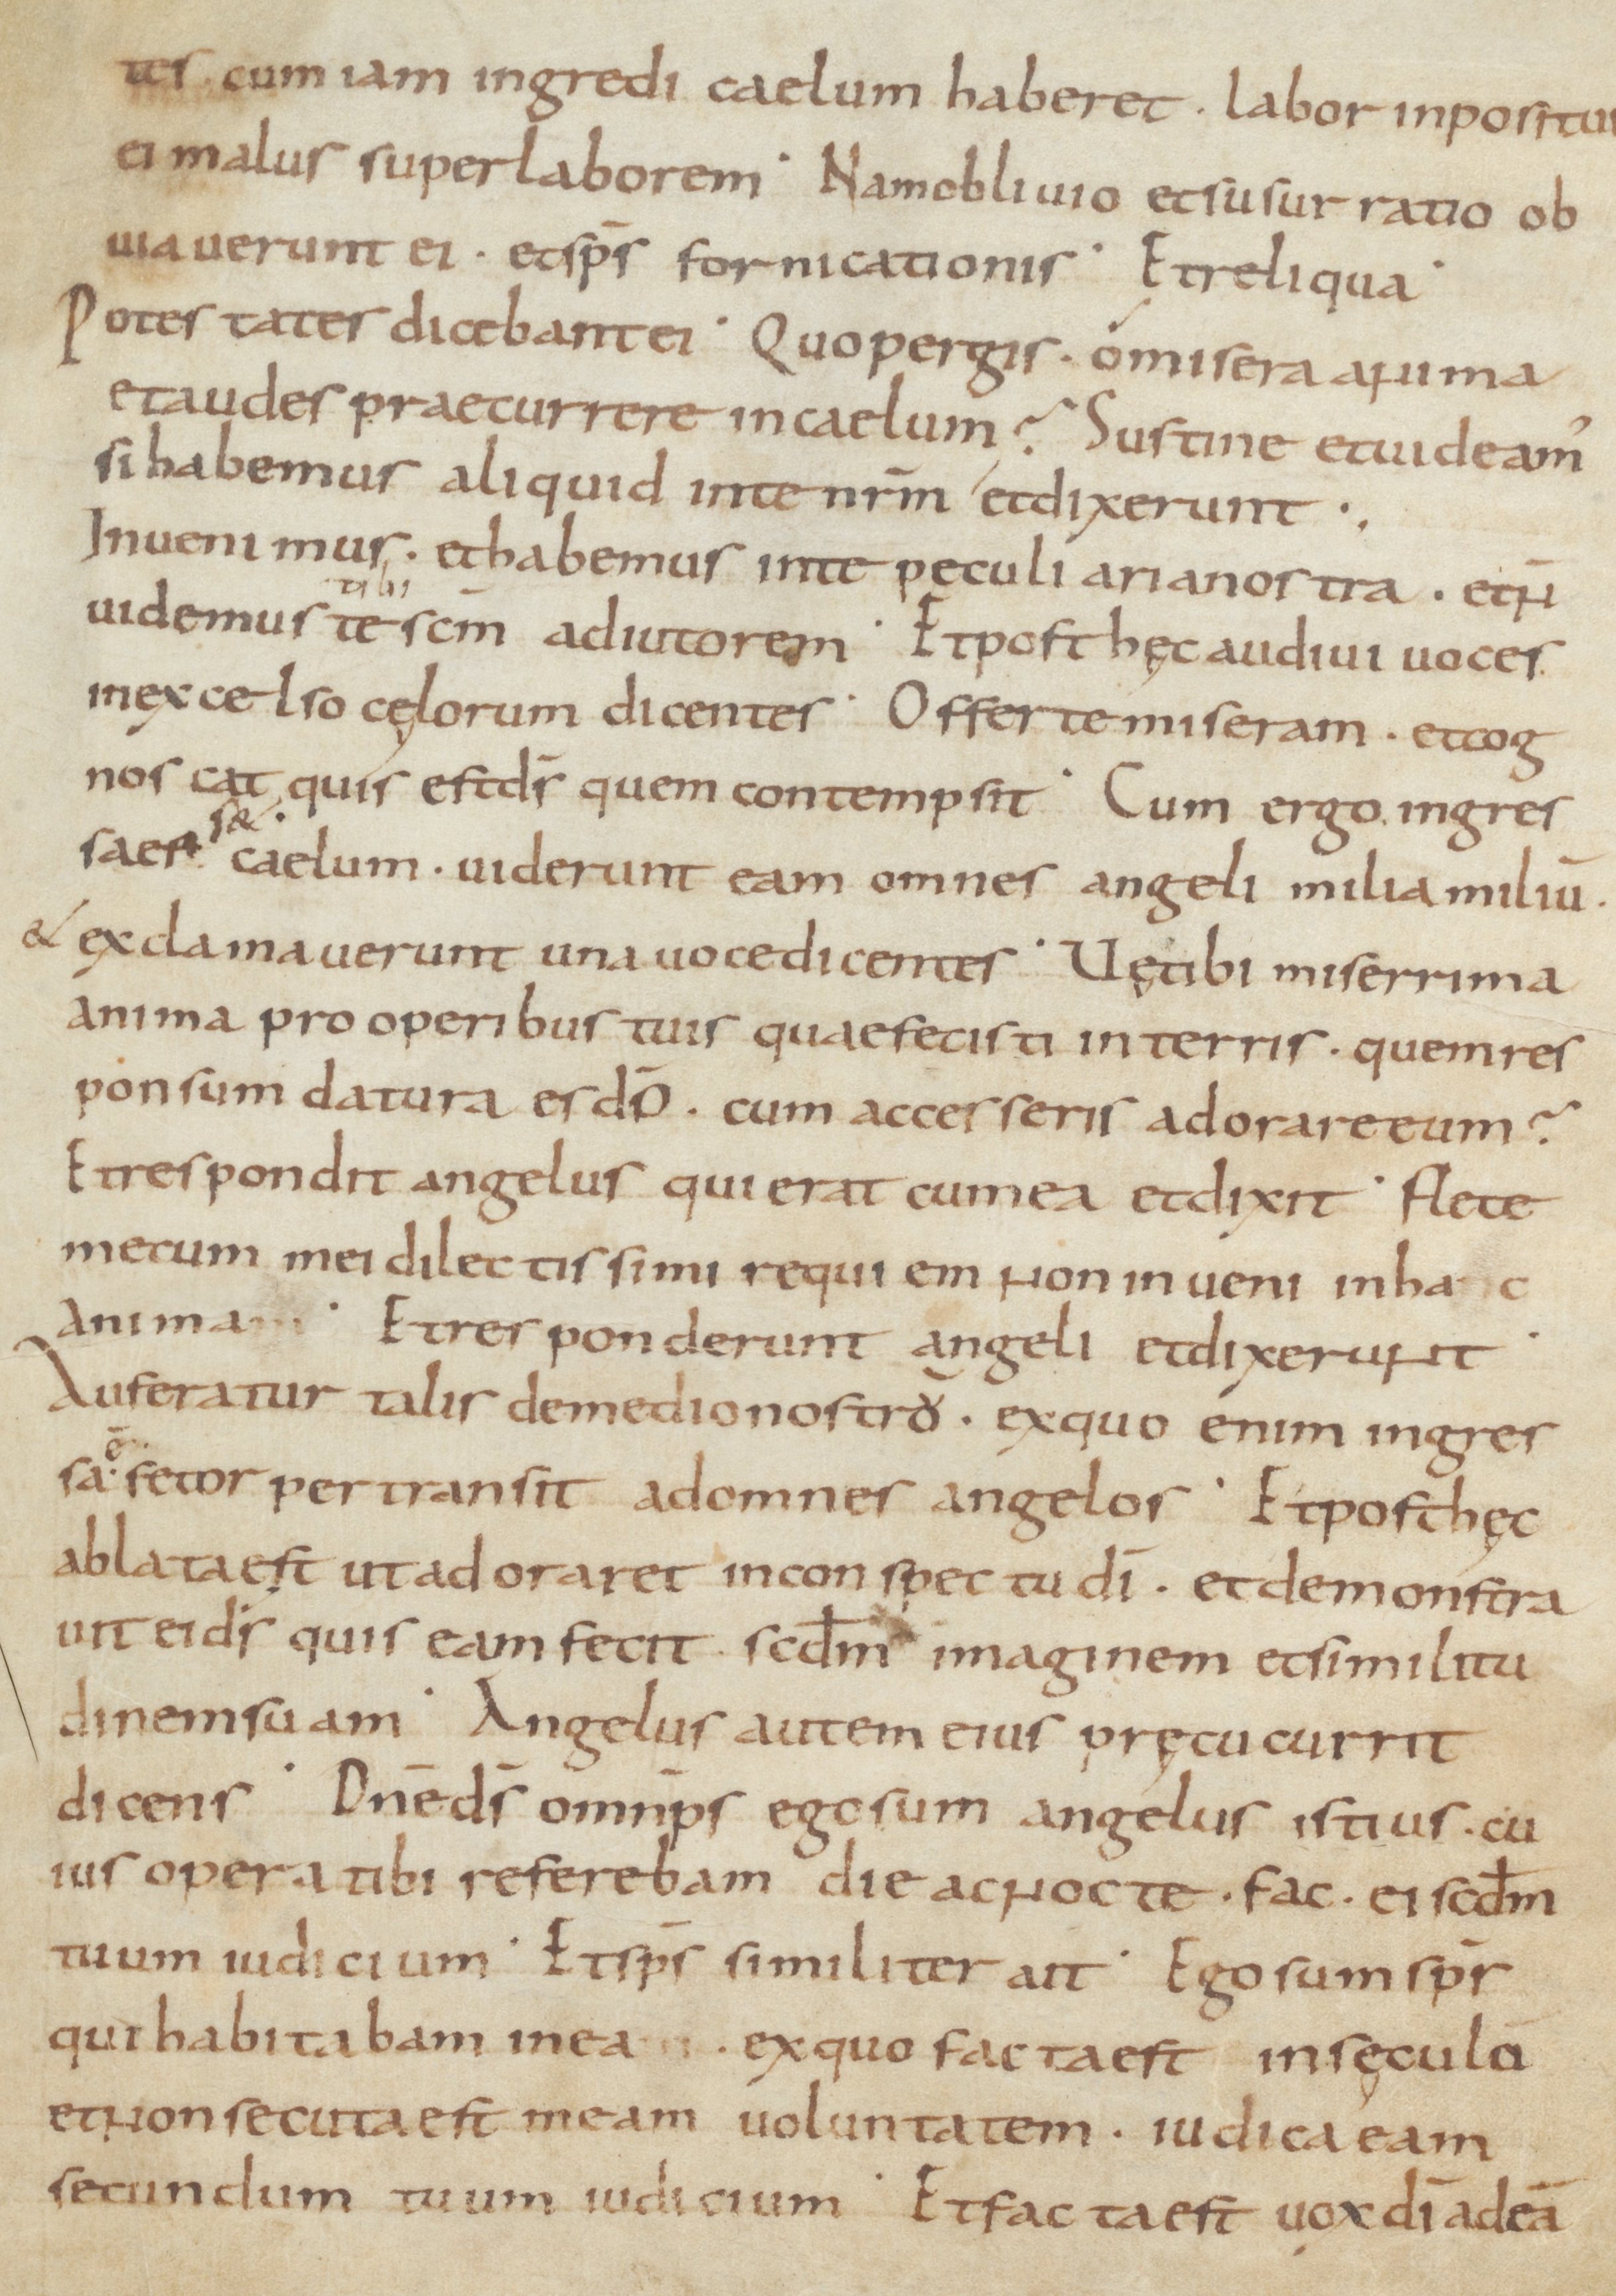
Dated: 800–999